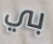
بي